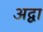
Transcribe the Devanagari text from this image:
अद्वा